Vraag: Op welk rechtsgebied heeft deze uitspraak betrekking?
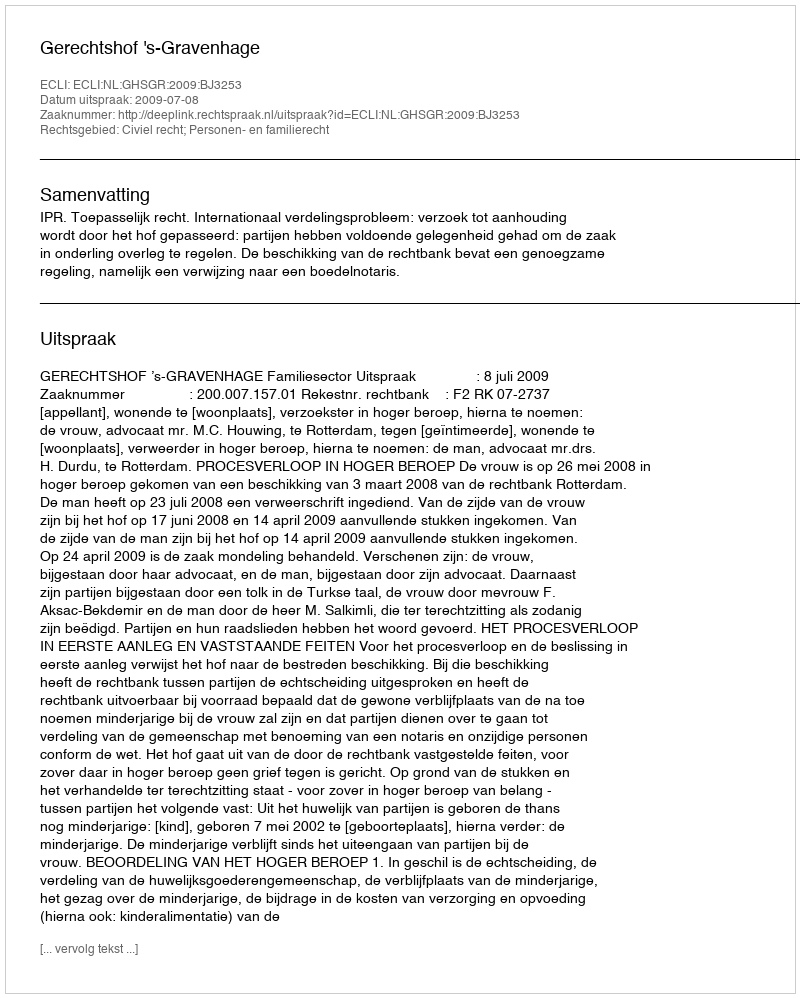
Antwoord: Civiel recht; Personen- en familierecht